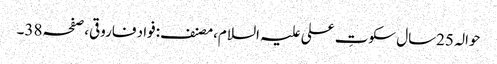
حوالہ 25سال سکوتِ علی علیہ السلام،مصنف:فواد فاروقی،صفحہ38۔